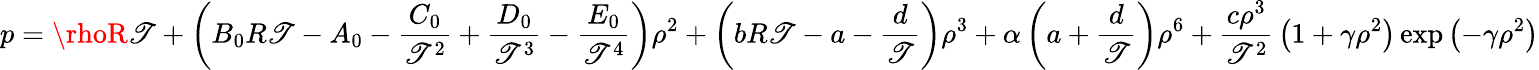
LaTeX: p=\rhoR\mathscr{T}+\left(B_{0}R\mathscr{T}-A_{0}-{\frac{{C_{0}}}{{\mathscr{T}^{2}}}}+{\frac{{D_{0}}}{{\mathscr{T}^{3}}}}-{\frac{{E_{0}}}{{\mathscr{T}^{4}}}}\right)\rho^{2}+\left(bR\mathscr{T}-a-{\frac{{d}}{{\mathscr{T}}}}\right)\rho^{3}+\alpha\left(a+{\frac{{d}}{{\mathscr{T}}}}\right)\rho^{6}+{\frac{{c\rho^{3}}}{{\mathscr{T}^{2}}}}\left(1+\gamma\rho^{2}\right)\exp\left(-\gamma\rho^{2}\right)